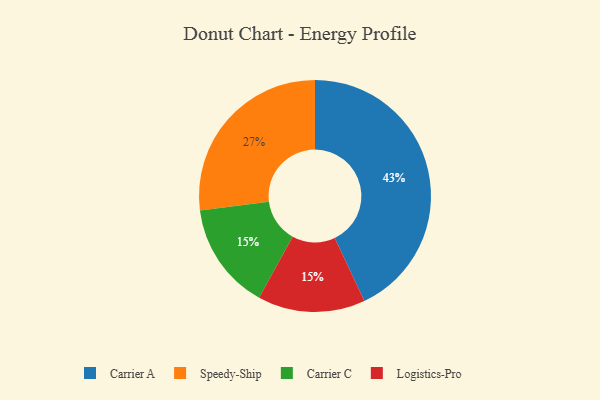
{"axis": {"x": "Category", "y": "Percentage"}, "legend": ["Carrier A", "Carrier C", "Logistics-Pro", "Speedy-Ship"], "data": [{"x": "Carrier A", "y": 43, "type": "Carrier A"}, {"x": "Carrier C", "y": 15, "type": "Carrier C"}, {"x": "Logistics-Pro", "y": 15, "type": "Logistics-Pro"}, {"x": "Speedy-Ship", "y": 27, "type": "Speedy-Ship"}]}